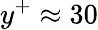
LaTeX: y^{+}\approx 30